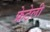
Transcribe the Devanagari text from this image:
फ्रेटेली